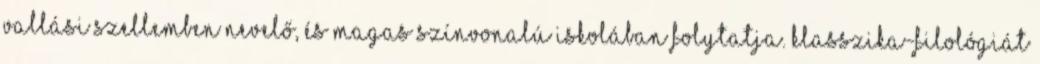
vallási szellemben nevelő, és magas színvonalú iskolában folytatja. Klasszika-filológiát